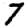
Digit: 7